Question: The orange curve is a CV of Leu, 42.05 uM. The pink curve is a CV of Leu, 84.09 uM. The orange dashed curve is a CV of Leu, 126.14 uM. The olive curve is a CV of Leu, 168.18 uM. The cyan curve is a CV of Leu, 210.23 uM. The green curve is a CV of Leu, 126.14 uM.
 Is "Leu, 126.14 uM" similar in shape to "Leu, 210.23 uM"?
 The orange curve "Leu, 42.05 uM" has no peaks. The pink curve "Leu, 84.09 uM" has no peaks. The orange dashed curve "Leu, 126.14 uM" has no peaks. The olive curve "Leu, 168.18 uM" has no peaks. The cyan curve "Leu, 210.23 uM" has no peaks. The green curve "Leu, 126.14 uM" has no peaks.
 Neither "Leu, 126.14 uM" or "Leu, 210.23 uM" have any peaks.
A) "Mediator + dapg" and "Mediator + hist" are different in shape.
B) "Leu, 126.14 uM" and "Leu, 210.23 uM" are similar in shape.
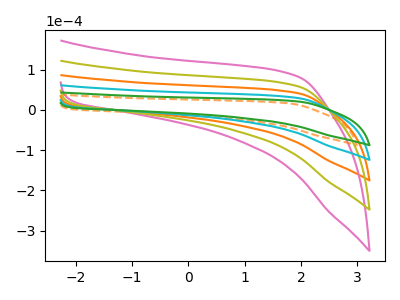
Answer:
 <answer>B) "Leu, 126.14 uM" and "Leu, 210.23 uM" are similar in shape.</answer>
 <eval>B</eval>